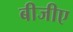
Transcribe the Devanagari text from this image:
बीजीए